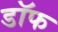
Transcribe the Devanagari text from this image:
डॉफ